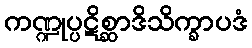
ကဏ္ဍုပ္ပဋိစ္ဆာဒိသိက္ခာပဒံ